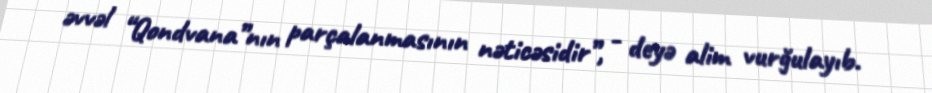
əvvəl “Qondvana”nın parçalanmasının nəticəsidir”, - deyə alim vurğulayıb.